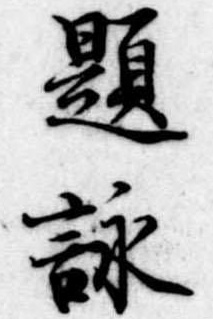
題詠